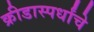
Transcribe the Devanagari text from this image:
क्रीडास्पर्धांचे